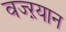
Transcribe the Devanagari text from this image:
वज्ऱयान